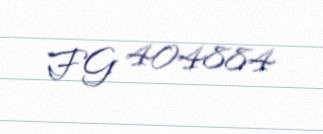
FG 404884